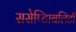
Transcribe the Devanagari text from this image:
ससेप्टिाबलिटी